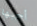
أحبها